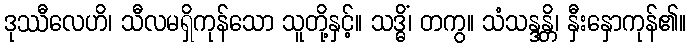
ဒုဿီလေဟိ၊ သီလမရှိကုန်သော သူတို့နှင့်။ သဒ္ဓိံ၊ တကွ။ သံသန္ဒန္တိ၊ နှီးနှောကုန်၏။